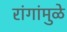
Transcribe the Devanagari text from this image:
रांगांमुळे